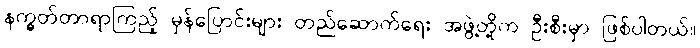
နက္ခတ်တာရာကြည့် မှန်ပြောင်းများ တည်ဆောက်ရေး အဖွဲ့တို့က ဦးစီးမှာ ဖြစ်ပါတယ်။